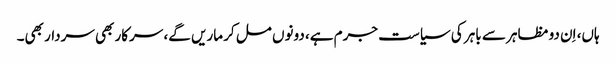
ہاں، اِن دو مظاہر سے باہر کی سیاست جرم ہے، دونوں مل کر ماریں گے، سرکار بھی سردار بھی۔